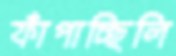
ফাঁপাচ্ছিলি